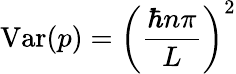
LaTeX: \mathrm{Var}(p)=\left({\frac{\hbar n\pi}{L}}\right)^{2}